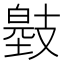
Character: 𢻞